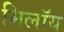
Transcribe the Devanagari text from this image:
मिलॉय